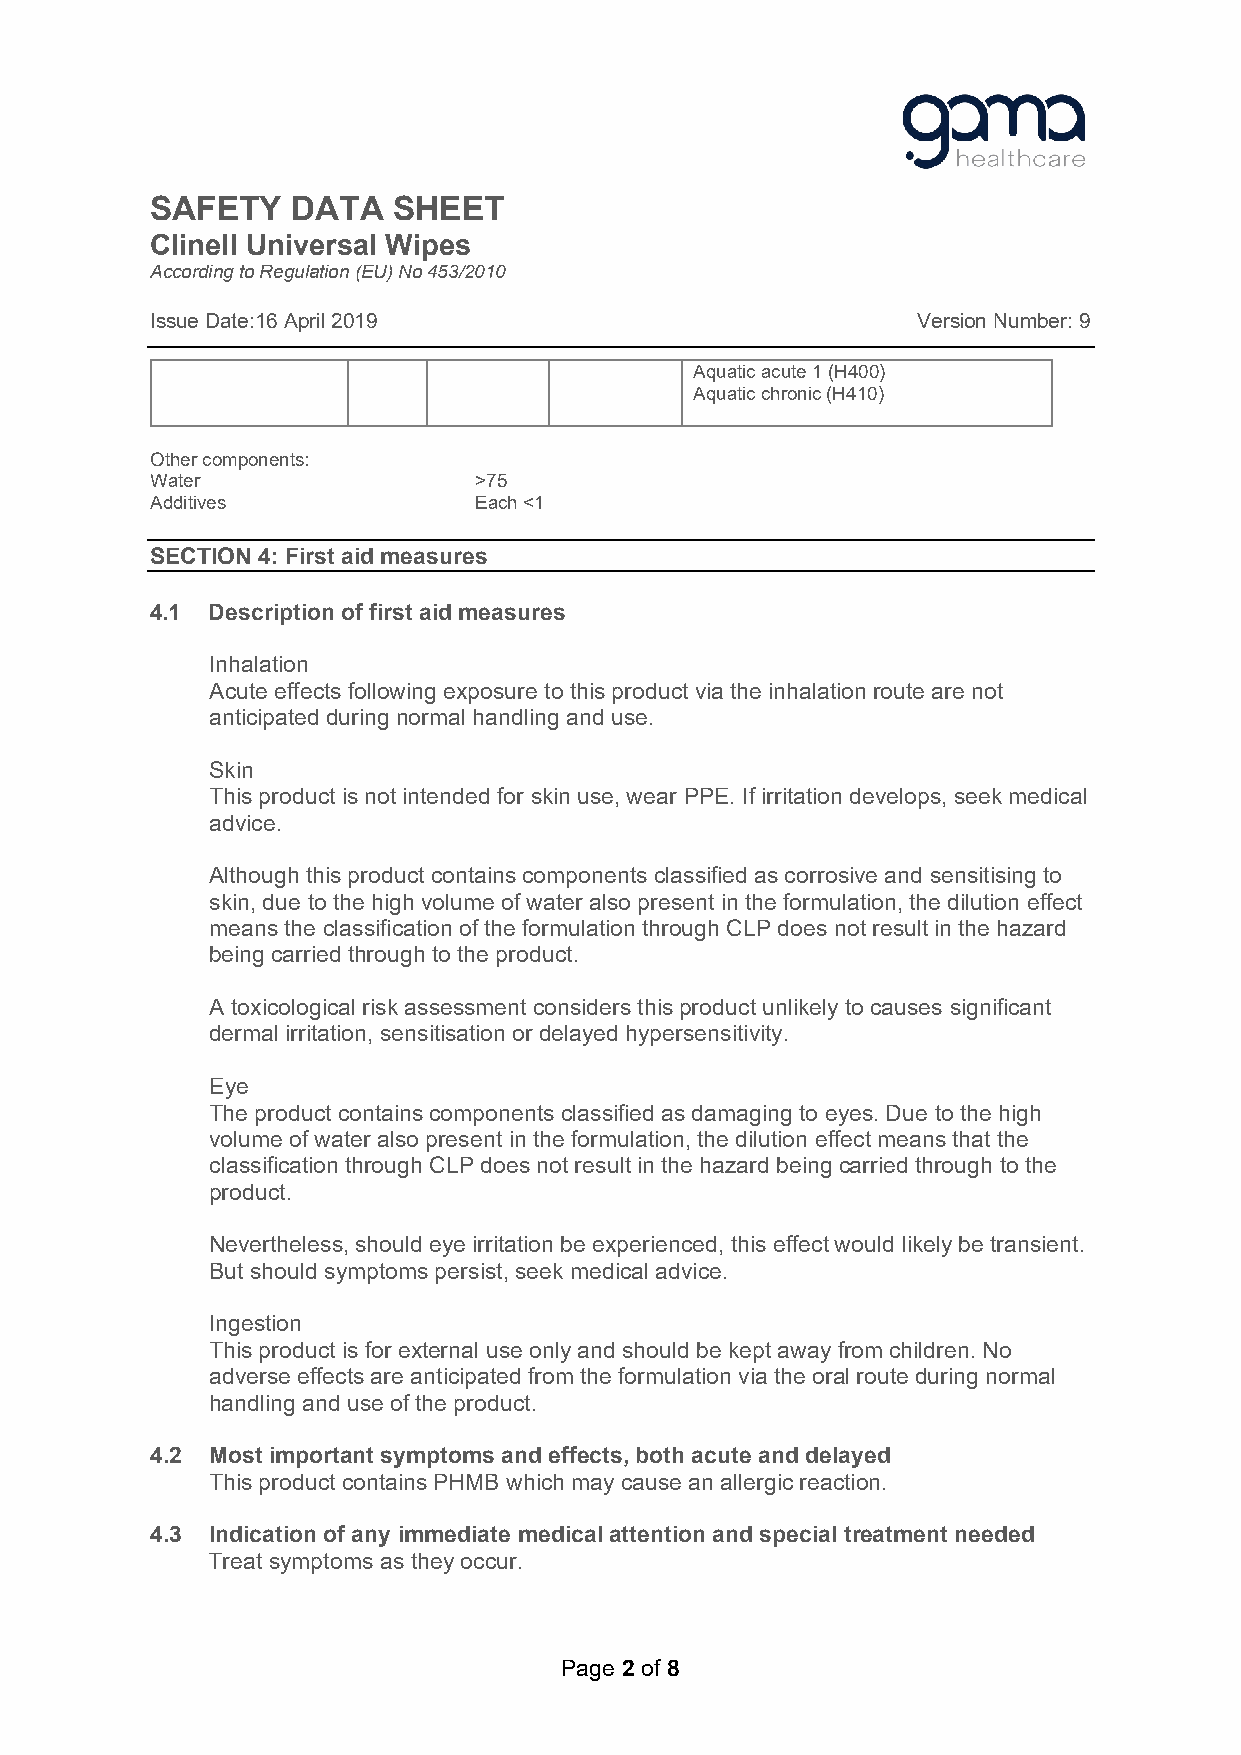
SAFETY   DATA   SHEET
 Clinell Universal Wipes
 According to Regulation (EU) No 453/2010
 Issue Date:16 April 2019                           Version Number: 9
 Aquatic acute 1 (H400)
 Aquatic chronic (H410)
 Other components:
 Water                >75
 Additives            Each <1
 SECTION 4: First aid measures
 4.1 Description of first aid measures
 Inhalation
 Acute effects following exposure to this product via the inhalation route are not
 anticipated during normal handling and use.
 Skin
 This product is not intended for skin use, wear PPE. If irritation develops, seek medical
 advice.
 Although this product contains components classified as corrosive and sensitising to
 skin, due to the high volume of water also present in the formulation, the dilution effect
 means the classification of the formulation through CLP does not result in the hazard
 being carried through to the product.
 A toxicological risk assessment considers this product unlikely to causes significant
 dermal irritation, sensitisation or delayed hypersensitivity.
 Eye
 The product contains components classified as damaging to eyes. Due to the high
 volume of water also present in the formulation, the dilution effect means that the
 classification through CLP does not result in the hazard being carried through to the
 product.
 Nevertheless, should eye irritation be experienced, this effect would likely be transient.
 But should symptoms persist, seek medical advice.
 Ingestion
 This product is for external use only and should be kept away from children. No
 adverse effects are anticipated from the formulation via the oral route during normal
 handling and use of the product.
 4.2 Most important symptoms and effects, both acute and delayed
 This product contains PHMB which may cause an allergic reaction.
 4.3 Indication of any immediate medical attention and special treatment needed
 Treat symptoms as they occur.
 Page 2 of 8